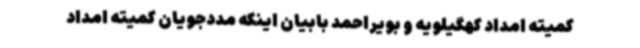
کمیته امداد کهگیلویه و بویراحمد بابیان اینکه مددجویان کمیته امداد